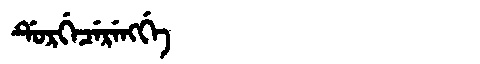
Manchu: ᡩᡠᡵᡤᡝᠴᡝᡵᡝᠩᡤᡝ
Romanization: DURGECERENGGE